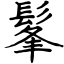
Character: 髼